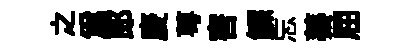
之爲郞庱萼害鰥忘蓁屈